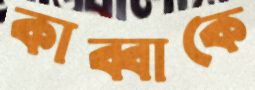
কাব্বাকে